Civil Veterinary Department. Central Provinces & Berar 1925-31 - 1925-1931
Year: 1925
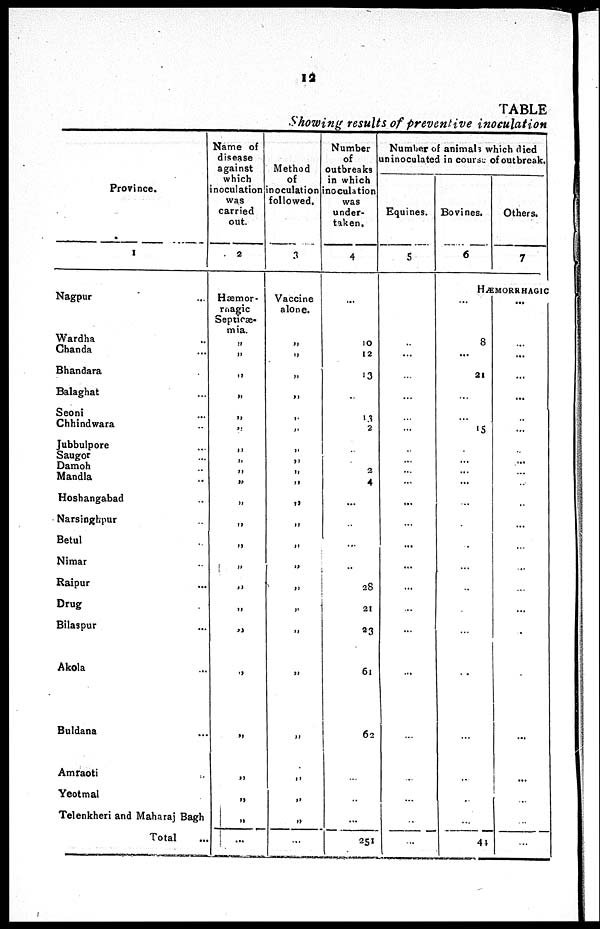
12
TABLE
Showing results of preventive inoculation
Province.
1
Nagpur ...
Wardha ..
Ghanda ...
Bhandara
Balaghat ...
Seoni ...
Chhindwara ...
Jubbulpore ...
Sangor ...
Damoh ...
Mandla ..
Hoshangabad ..
Narsingbpur ...
Betul ..
Nimar ..
Raipur ...
Drug
Bilaspur ...
Akola ...
Buldana ...
Amraoti ...
Yeotmal
Telenkheri and Maharaj Bagh
Total ...
Name of
disease
against
which
inoculation
was
carried
out.
2
Hæmor-
rnagic
Septicæ-
mia.
„
„
„
„
„
„
„
„
„
„
„
„
„
„
„
„
„
„
„
„
„
„
...
Method
of
inoculation
followed.
3
Vaccine
alone.
„
„
„
„
„
„
„
„
„
„
„
„
„
„
„
„
„
„
„
„
„
...
Number
of
outbreaks
in which
inoculation
was
under-
taken.
4
...
10
12
13
..
13
2
...
...
2
4
...
...
...
..
28
21
23
61
62
...
..
...
251
Number of animals which died
uninoculated in course of outbreak.
Equines.
5
...
..
...
...
...
...
..
..
...
...
...
...
...
...
...
...
...
...
...
...
...
...
...
Bovines.
6
Others.
7
HÆMORRHAGIC
...
8
...
21
..
...
15
..
...
...
...
...
...
...
...
...
...
..
...
...
..
...
44
...
...
...
...
...
..
..
...
...
...
...
...
...
...
...
...
...
...
...
...
...
...